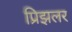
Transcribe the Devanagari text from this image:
प्रिझलर